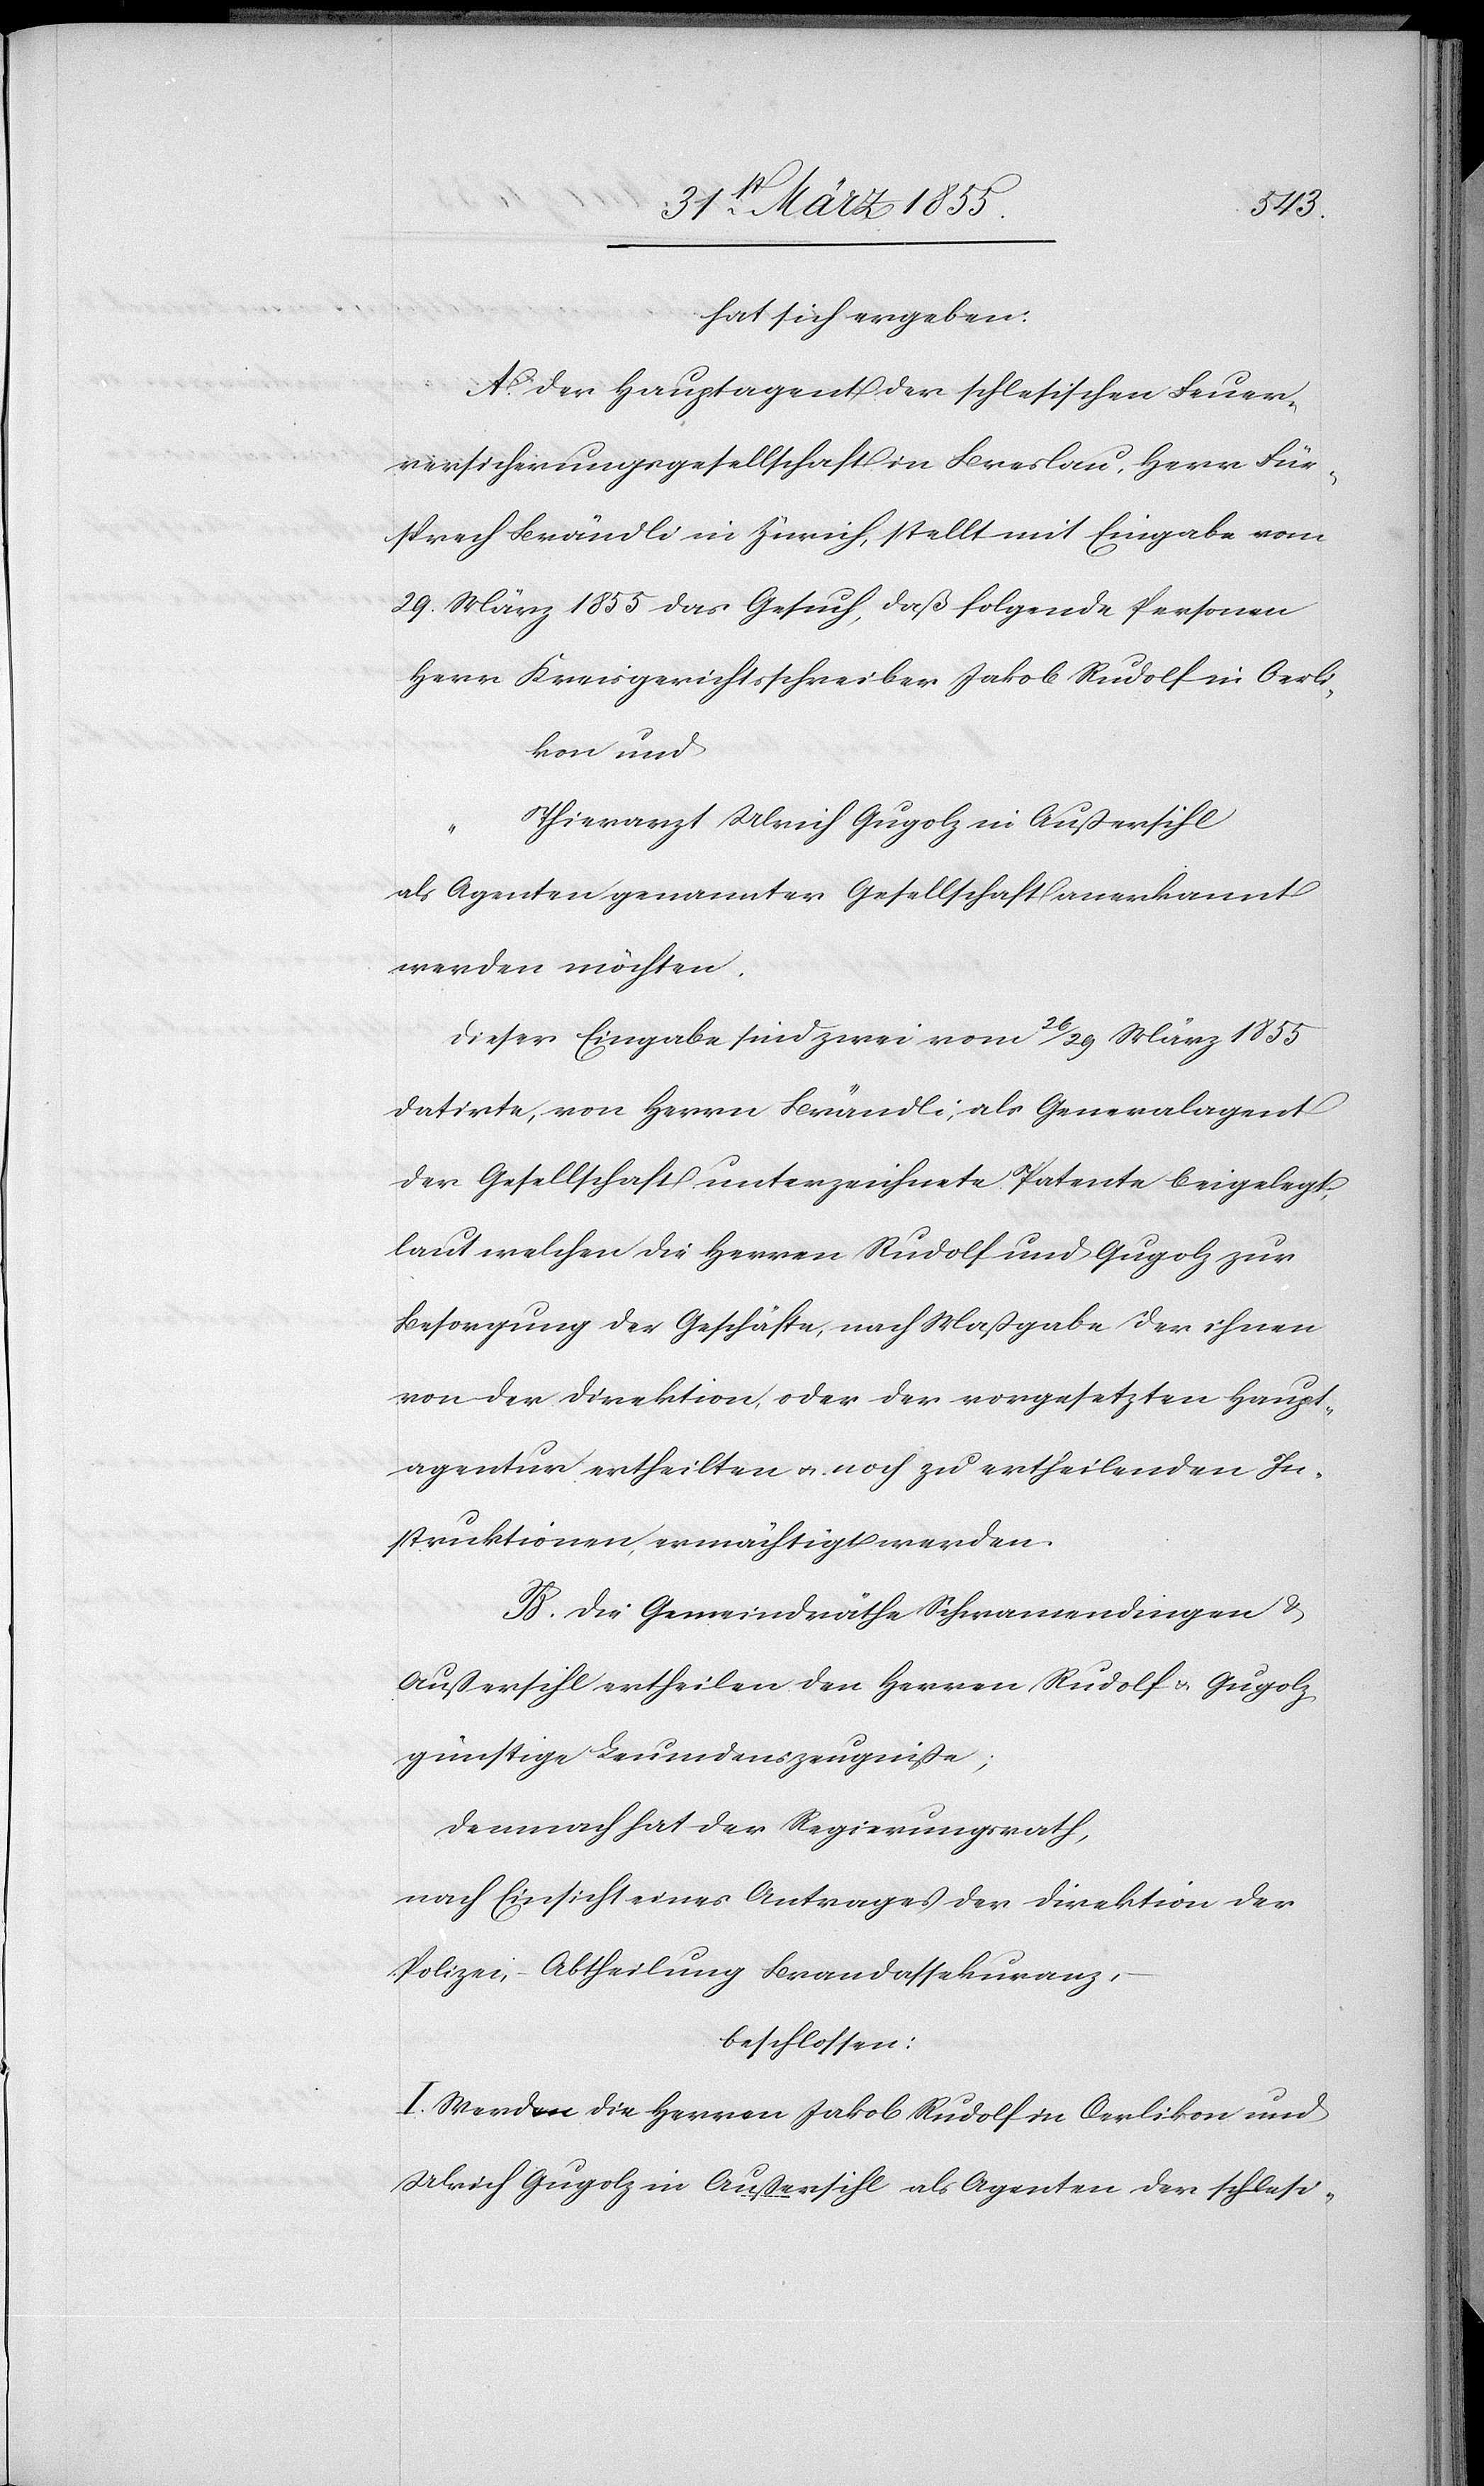
hat sich ergeben:
A. Der Hauptagent der schlesischen Feuer¬
versicherungsgesellschaft in Breslau, Herr Für¬
sprech Brändli in Zürich, stellt mit Eingabe vom
29. März 1855 das Gesuch, daß folgende Personen
Herr Kreisgerichtsschreiber Jakob Rudolf in Oerli¬
kon und
Thierarzt Ulrich Gugolz in Außersihl
als Agenten genannter Gesellschaft anerkannt
werden möchten.
Dieser Eingabe sind zwei vom 26 / 29 März 1855
datirte, von Herrn Brändli, als Generalagent
der Gesellschaft unterzeichnete Patente beigelegt,
laut welchen die Herren Rudolf und Gugolz zur
Besorgung der Geschäfte, nach Maßgabe der ihnen
von der Direktion, oder der vorgesetzten Haupt¬
agentur ertheilten & noch zu ertheilenden In¬
struktionen, ermächtigt werden.
B. Die Gemeindräthe Schwamendingen &
Außersihl ertheilen den Herren Rudolf & Gugolz
günstige Leumdenszeugniße;
Demnach hat der Regierungsrath,
nach Einsicht eines Antrages der Direktion der
Polizei, – Abtheilung Brandassekuranz,
beschlossen:
I. Werden die Herren Jakob Rudolf in Oerlikon und
Ulrich Gugolz in Außersihl als Agenten der schlesi-